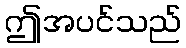
ဤအပင်သည်